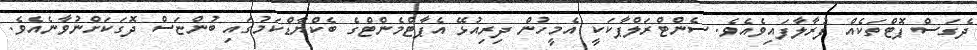
ދެގަސް ޕޮޓްތަކެއް ފުރާލާފައިވެއެވެ. ސެންޓްރަލްޕާކަކީ އެމީހުން ދިރިއުޅޭ އެޕާޓްމެންޓްގެ ބެކްޔާޑްކަމުގައި ބުންޏަސް ދޮގަކަށްނުވާނެއެވެ.